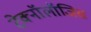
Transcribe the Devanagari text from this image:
टेक्नॉलॉजिस